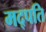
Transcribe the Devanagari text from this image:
मद्पति